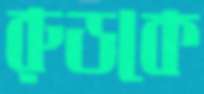
রুডকে